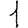
Digit: 1